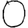
Digit: 0